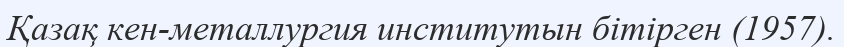
Қазақ кен-металлургия институтын бітірген (1957).